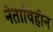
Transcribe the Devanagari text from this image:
नेताविहीन